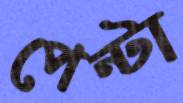
পেন্টা